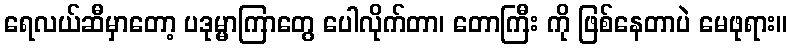
ရေလယ်ဆီမှာတော့ ပဒုမ္မာကြာတွေ ပေါလိုက်တာ၊ တောကြီး ကို ဖြစ်နေတာပဲ မေဖုရား။